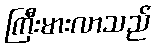
ကြီးမားလာသည်